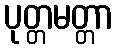
ပုတ္တမတ္တာ